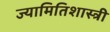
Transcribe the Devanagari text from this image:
ज्यामितिशास्त्री